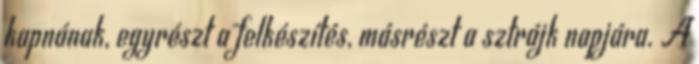
kapnának, egyrészt a felkészítés, másrészt a sztrájk napjára. A